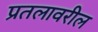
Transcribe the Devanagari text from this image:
प्रतलावरील